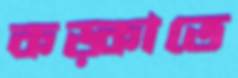
কড়্‌কাতে